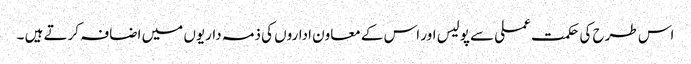
اس طرح کی حکمت عملی سے پولیس اور اس کے معاون اداروں کی ذمہ داریوں میں اضافہ کرتے ہیں ۔